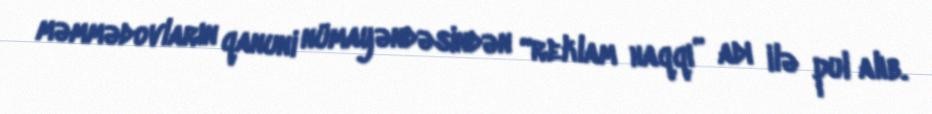
məmmədovların qanuni nümayəndəsindən “reklam haqqı” adı ilə pul alıb.